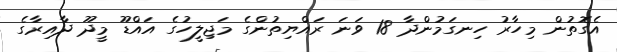
އެގޮތުން މިހާރު ހިނގަމުންދާ 18 ވަނަ ރައްޔިތުންގެ މަޖިލީހުގެ އައްޑޫ މީދޫ ދާއިރާގެ